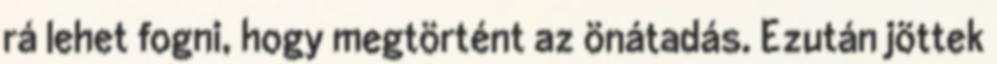
rá lehet fogni, hogy megtörtént az önátadás. Ezután jöttek